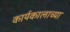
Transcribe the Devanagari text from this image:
कार्यकालाच्या